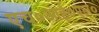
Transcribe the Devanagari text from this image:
एच०आई०एल०